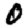
Digit: 0